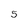
Character: 5